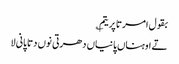
بقول امرتا پریتم ؎
تے اوہناں پانیاں دھرتی نوں دتا پانی لا